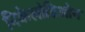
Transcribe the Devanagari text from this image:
निकेलोडिओन